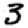
Digit: 3